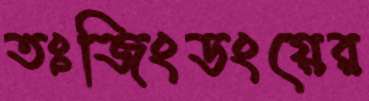
তঃজিংডংয়ের